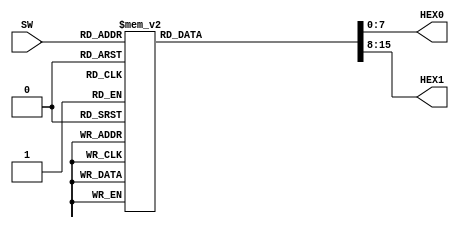
module hex_display(
   input [3:0] SW,
   output reg [7:0] HEX0, HEX1
   );

   /*
   Parameters in Verilog are constants that are determined at
   compile time and cannot be changed during run time. When a
   design is compiled, Quartus will substitute the value for the
   parameter where ever it is used.
   Parameters are useful for the following reasons:

   1. If a constant is used in multiple places in your code, using a
   parameter allows you define the value of that constant ONCE and then
   reference it wherever needed.

   2. Parameters reduce the occurance of "magic numbers" in your code.
   (Google "magic number programming" if you're curious about what this is.)

   3. Correct use of parameters allows code to be "generic" (more on this later)
   */

   parameter ZERO =  8'b1100_0000;
   parameter ONE =   8'b1111_1001;
   parameter TWO = 8'b1010_0100;
   parameter THREE = 8'b1011_0000;
   parameter FOUR = 8'b1001_1001;
   parameter FIVE = 8'b1001_0010;
   parameter SIX = 8'b1000_0010;
   parameter SEVEN = 8'b1111_1000;
   parameter EIGHT = 8'b1000_0000;
   parameter NINE = 8'b1001_1000;

   always @(SW) begin
      case (SW)
         4'b0000: begin //zero
            HEX0 = ZERO;
            HEX1 = ZERO;
         end
         4'b0001: begin //one
            HEX0 = ONE; 
            HEX1 = ZERO;
         end
         4'b0010: begin //two
            HEX0 = TWO; 
            HEX1 = ZERO;
         end
         4'b0011: begin //three
            HEX0 = THREE; 
            HEX1 = ZERO;
         end
         4'b0100: begin //four
            HEX0 = FOUR; 
            HEX1 = ZERO;
         end
         4'b0101: begin //five
            HEX0 = FIVE; 
            HEX1 = ZERO;
         end
         4'b0110: begin //six
            HEX0 = SIX; 
            HEX1 = ZERO;
         end
         4'b0111: begin //seven
            HEX0 = SEVEN; 
            HEX1 = ZERO;
         end
         4'b1000: begin //eight
            HEX0 = EIGHT; 
            HEX1 = ZERO;
         end
         4'b1001: begin //nine
            HEX0 = NINE; 
            HEX1 = ZERO;
         end
         4'b1010: begin //ten
            HEX0 = ZERO; 
            HEX1 = ONE;
         end
         4'b1011: begin //eleven
            HEX0 = ONE; 
            HEX1 = ONE;
         end
         4'b1100: begin //twelve
            HEX0 = TWO; 
            HEX1 = ONE;
         end
         4'b1101: begin //thirteen
            HEX0 = THREE; 
            HEX1 = ONE;
         end
         4'b1110: begin //fourteen
            HEX0 = FOUR; 
            HEX1 = ONE;
         end
         4'b1111: begin //fifteen
            HEX0 = FIVE;
            HEX1 = ONE;
         end
         default: begin
            HEX0 = ZERO;
            HEX1 = ZERO;
         end
      endcase
   end
endmodule